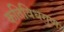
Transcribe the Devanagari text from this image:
कतिविधगुणः